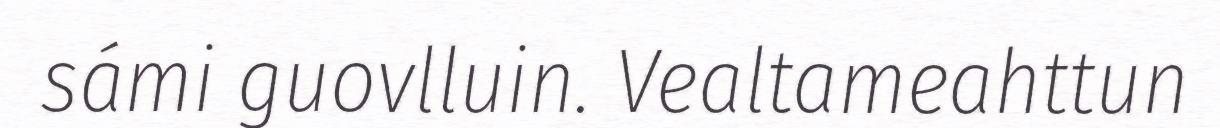
sámi guovlluin. Vealtameahttun